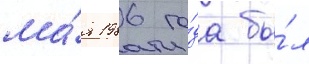
ма́я 1986 го́да бы́л